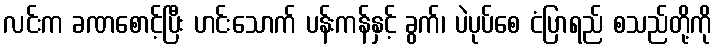
လင်းက ခဏစောင့်ပြီး ဟင်းသောက် ပန်းကန်နှင့် ခွက်၊ ပဲပုပ်စေ ငံပြာရည် စသည်တို့ကို